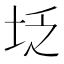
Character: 𪣇